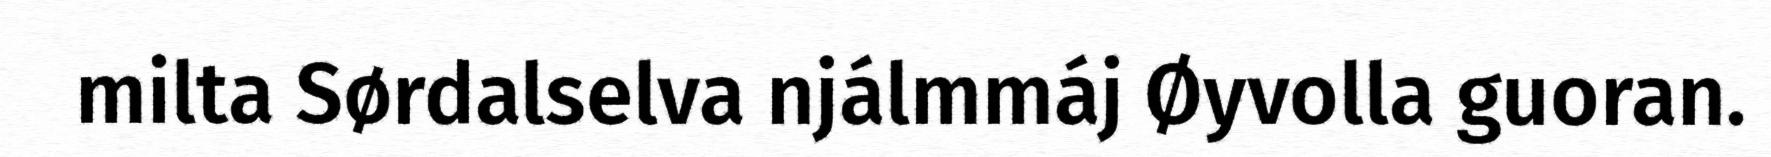
milta Sørdalselva njálmmáj Øyvolla guoran.